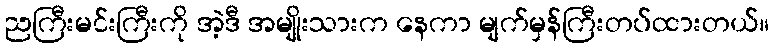
ညကြီးမင်းကြီးကို အဲ့ဒီ အမျိုးသားက နေကာ မျက်မှန်ကြီးတပ်ထားတယ်။